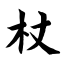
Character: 杖